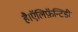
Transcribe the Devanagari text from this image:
है।ऍलिफ़ॅन्टिडी